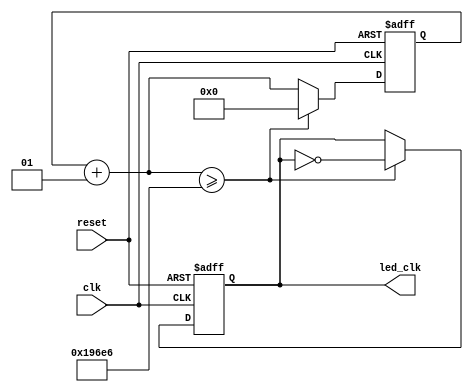
`timescale 1ns / 1ps
//****************************************************************************//
//                                                                				//
//  Class: CECS 360			                                       				//
//  Project name: Project1_CECS360			                        				//
//                                                                				//
//  Created by Umar Khan 09/19/2017			.                       				//
//  Abstract:                                                                 //
//          Frequency of clk_out is determined by integer count,					//
//          count = (Incoming Freq/(Outgoing Freq))/2.								//	
//          clk_out will alternate once every time clk_in 							//
//          alternates 'count' number of times. To achieve a refresh 			//
//          rate of 60Hz with 8 pixels, the output frequency must be				//
//          480hz.[Outgoing Freq = (Refresh Rate * Number of Pixels)]			//
//          To produce an output clock of 480hz, we divide the clock				//
//          every 104167 cycles. We assume that clk_in from the Nexys 4			//
//          FPGA is 100mhz.																	//
//																										//
//****************************************************************************//
//////////////////////////////////////////////////////////////////////////////////
module led_clk(clk, reset, led_clk);
   input  clk, reset;
   output led_clk;
   reg    led_clk;
   integer clk_ticks;
   
   always @(posedge clk, posedge reset) begin
      if(reset == 1'b1) begin
         clk_ticks = 0;
         led_clk   = 0;
      end
      //got a clock, so increment the counter and
      //test to see if half a period has elapsed
      else begin
         clk_ticks = clk_ticks + 1;
			//104166 is used to create 480Hz
         if (clk_ticks >= 104166) begin 
            led_clk = ~led_clk;
            clk_ticks = 0;
         end
      end
   end


endmodule